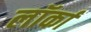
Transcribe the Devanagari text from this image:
लॉर्का